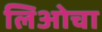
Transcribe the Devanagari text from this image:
लिओचा